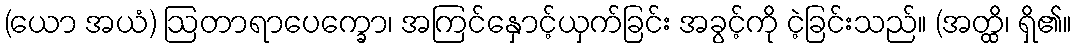
(ယော အယံ) ဩတာရာပေက္ခော၊ အကြင်နှောင့်ယှက်ခြင်း အခွင့်ကို ငဲ့ခြင်းသည်။ (အတ္ထိ၊ ရှိ၏။